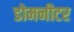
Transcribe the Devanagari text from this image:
डोमनीटर